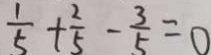
\frac { 1 } { 5 } + \frac { 2 } { 5 } - \frac { 3 } { 5 } = 0